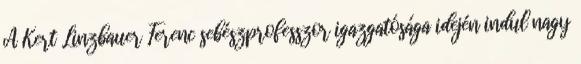
A Kert Linzbauer Ferenc sebészprofesszor igazgatósága idején indul nagy